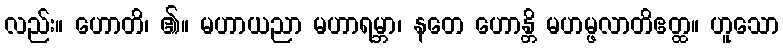
လည်း။ ဟောတိ၊ ၏။ မဟာယညာ မဟာရမ္ဘာ၊ နတေ ဟောန္တိ မဟမ္ဖလာတိဧတ္ထ။ ဟူသော